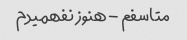
متاسفم - هنوز نفهمیدم